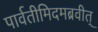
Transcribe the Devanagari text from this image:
पार्वतीमिदमब्रवीत्